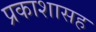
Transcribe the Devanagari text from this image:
प्रकाशासह